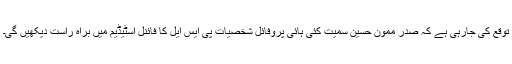
توقع کی جارہی ہے کہ صدر ممون حسین سمیت کئی ہائی پروفائل شخصیات پی ایس ایل کا فائنل اسٹیڈیم میں براہ راست دیکھیں گی۔